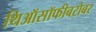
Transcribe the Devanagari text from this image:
थिऑसॉफीबरोबर